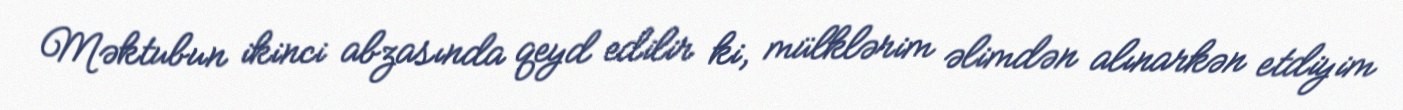
Məktubun ikinci abzasında qeyd edilir ki, mülklərim əlimdən alınarkən etdiyim